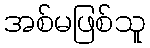
အစ်မဖြစ်သူ